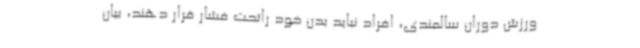
ورزش دوران سالمندی، افراد نباید بدن خود راتحت فشار قرار دهند، بیان